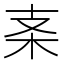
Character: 𱣀